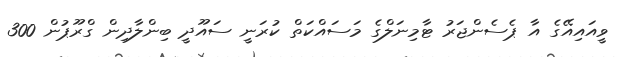
ވީއައިއޭގެ އާ ޕެސެންޖަރު ޓާމިނަލްގެ މަސައްކަތް ކުރަނީ ސައޫދީ ބިންލާދިން ގްރޫޕުން 300